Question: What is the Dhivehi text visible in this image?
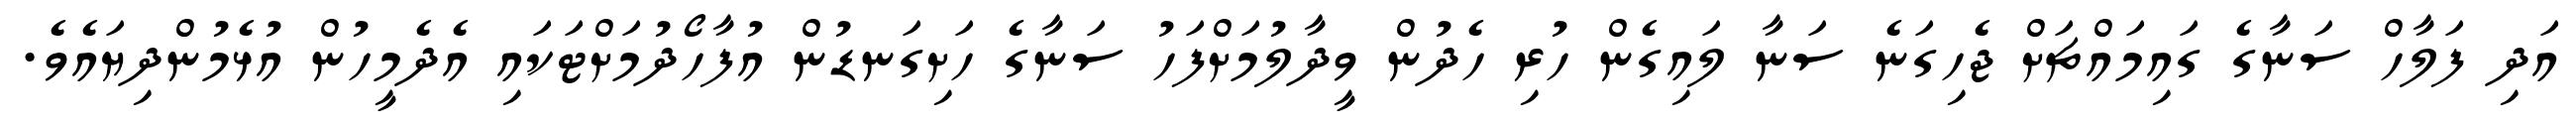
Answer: އަދި ފަލާހް ސަނާގެ ގައިމައްޗަށް ޖެހިގަނެ ސަނާ ލައިގެން ހުރި ހެދުން ވީދާލުމަށްފަހު ސަނާގެ ހަށިގަނޑުން އުފާހޯދުމަށްޓަކައި އެދެމީހުން އުޅެމުންދިޔައެވެ.